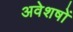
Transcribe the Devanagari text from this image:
अवेशषों